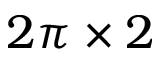
2 \pi \times 2